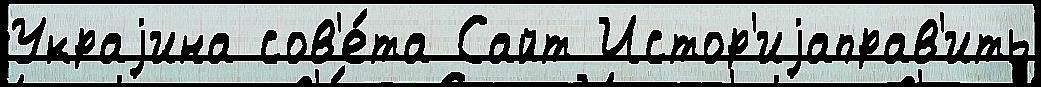
Украjина сов'е́та Сайт Истор'иjаправ'ить